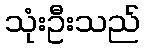
သုံးဦးသည်